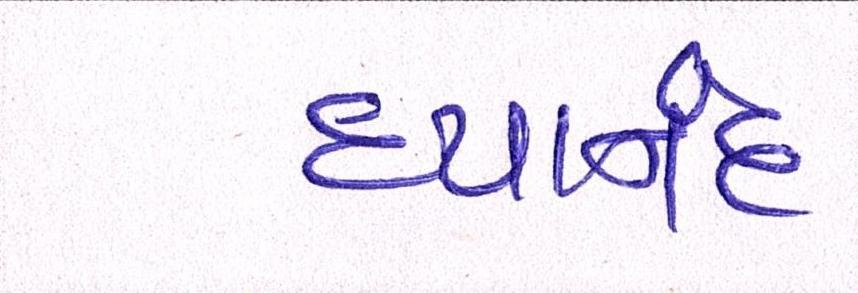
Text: દયાનંદ